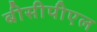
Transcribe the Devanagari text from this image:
बीसीपीएल